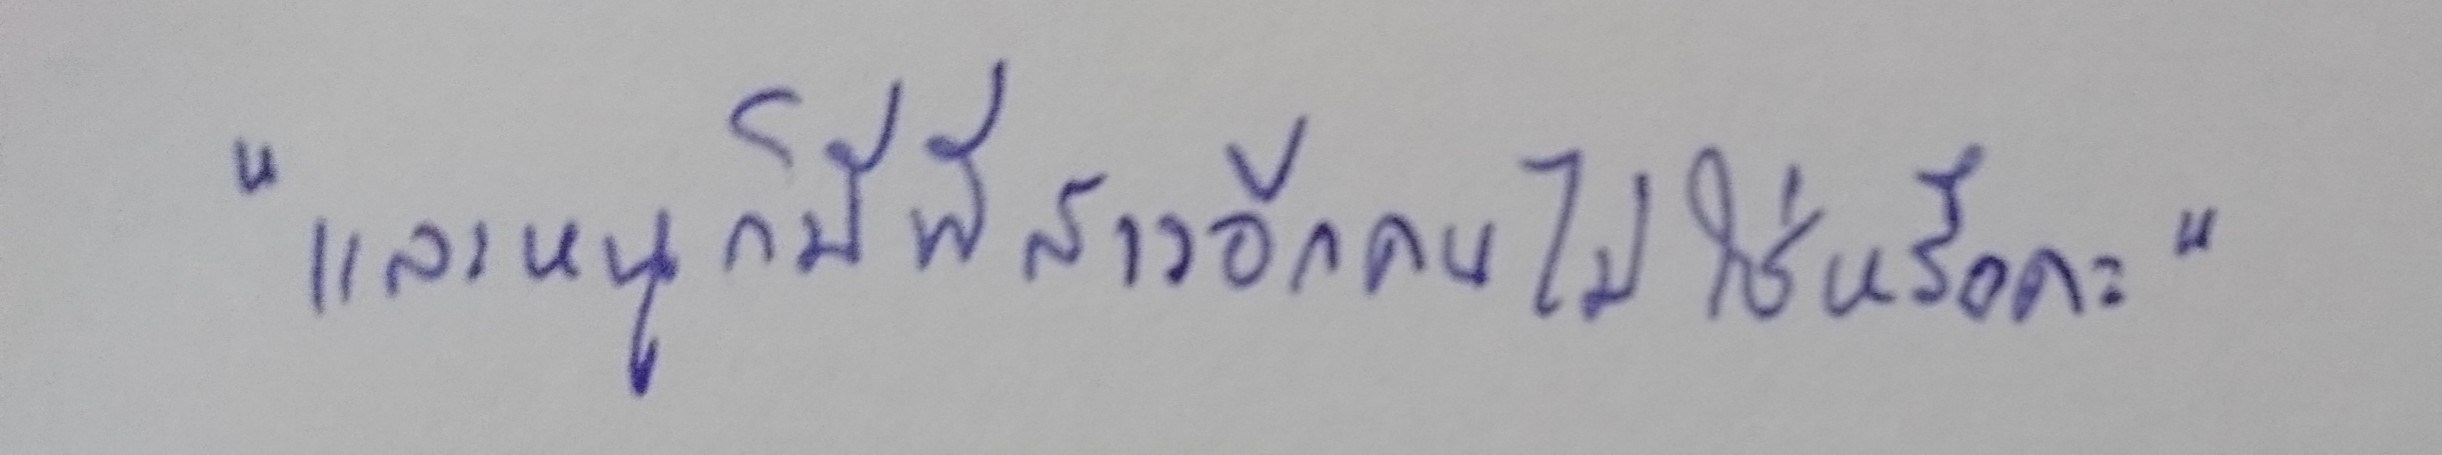
"และหนูก็มีพี่สาวอีกคนไม่ใช่หรือคะ"